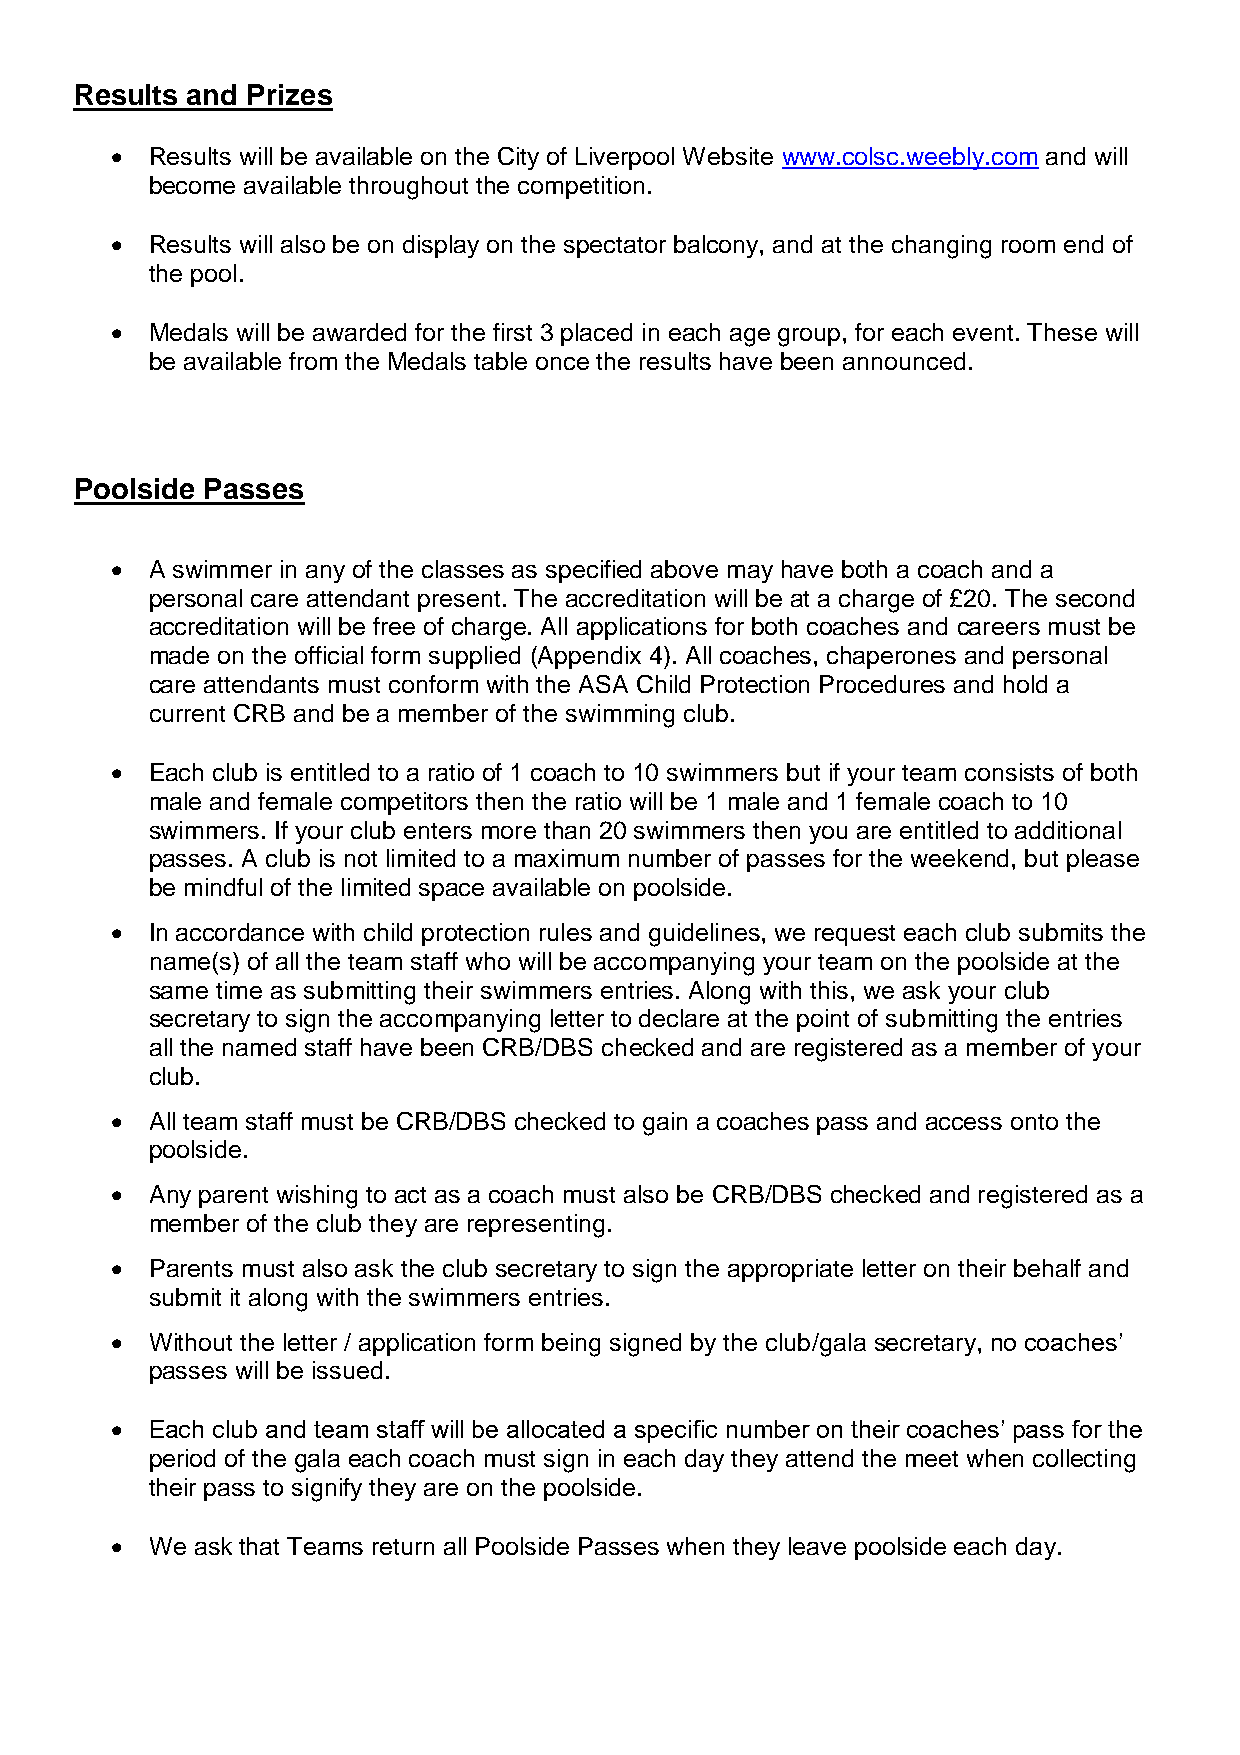
Results and Prizes
 •  Results will be available on the City of Liverpool Website www.colsc.weebly.com and will
 become available throughout the competition.
 •  Results will also be on display on the spectator balcony, and at the changing room end of
 the pool.
 •  Medals will be awarded for the first 3 placed in each age group, for each event. These will
 be available from the Medals table once the results have been announced.
 Poolside Passes
 •  A swimmer in any of the classes as specified above may have both a coach and a
 personal care attendant present. The accreditation will be at a charge of £20. The second
 accreditation will be free of charge. All applications for both coaches and careers must be
 made on the official form supplied (Appendix 4). All coaches, chaperones and personal
 care attendants must conform with the ASA Child Protection Procedures and hold a
 current CRB and be a member of the swimming club.
 •  Each club is entitled to a ratio of 1 coach to 10 swimmers but if your team consists of both
 male and female competitors then the ratio will be 1 male and 1 female coach to 10
 swimmers. If your club enters more than 20 swimmers then you are entitled to additional
 passes. A club is not limited to a maximum number of passes for the weekend, but please
 be mindful of the limited space available on poolside.
 •  In accordance with child protection rules and guidelines, we request each club submits the
 name(s) of all the team staff who will be accompanying your team on the poolside at the
 same time as submitting their swimmers entries. Along with this, we ask your club
 secretary to sign the accompanying letter to declare at the point of submitting the entries
 all the named staff have been CRB/DBS checked and are registered as a member of your
 club.
 •  All team staff must be CRB/DBS checked to gain a coaches pass and access onto the
 poolside.
 •  Any parent wishing to act as a coach must also be CRB/DBS checked and registered as a
 member of the club they are representing.
 •  Parents must also ask the club secretary to sign the appropriate letter on their behalf and
 submit it along with the swimmers entries.
 •  Without the letter / application form being signed by the club/gala secretary, no coaches’
 passes will be issued.
 •  Each club and team staff will be allocated a specific number on their coaches’ pass for the
 period of the gala each coach must sign in each day they attend the meet when collecting
 their pass to signify they are on the poolside.
 •  We ask that Teams return all Poolside Passes when they leave poolside each day.